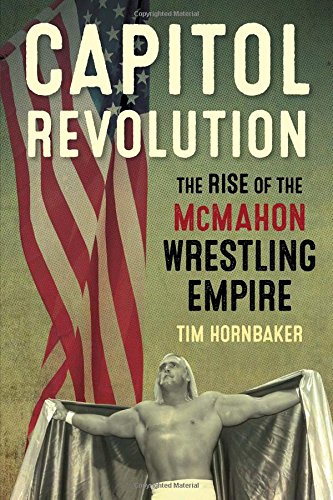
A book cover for Capitol Revolution: The Rise of the McMahon Wrestling Empire; Tim Hornbaker; Sports & Outdoors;